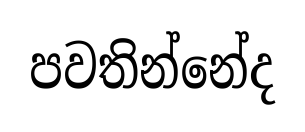
පවතින්නේද